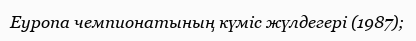
Еуропа чемпионатының күміс жүлдегері (1987);